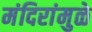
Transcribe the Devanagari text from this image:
मंदिरांमुळे